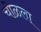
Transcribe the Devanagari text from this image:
चोळला